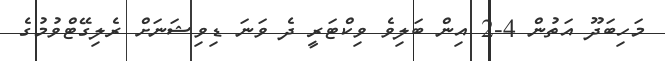
މަހިބަދޫ އަތުން 4-2 އިން ބަލިވެ ވިކްޓަރީ ދެ ވަނަ ޑިވިޝަނަށް ރެލިގޭޓްވުމުގެ